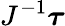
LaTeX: J^{-1}{\boldsymbol{\tau}}